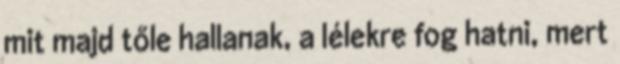
mit majd tőle hallanak, a lélekre fog hatni, mert